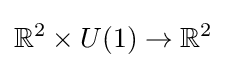
\mathbb {R} ^{2}\times U(1)\to \mathbb {R} ^{2}